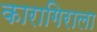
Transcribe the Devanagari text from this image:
कारागिराला